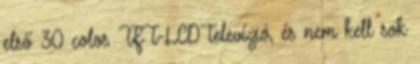
első 30 colos TFT-LCD televízió, és nem kell sok